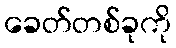
ခေတ်တစ်ခုကို